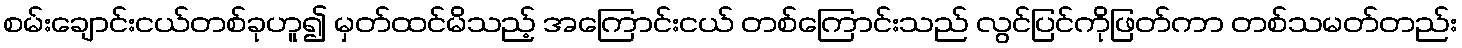
စမ်းချောင်းငယ်တစ်ခုဟူ၍ မှတ်ထင်မိသည့် အကြောင်းငယ် တစ်ကြောင်းသည် လွင်ပြင်ကိုဖြတ်ကာ တစ်သမတ်တည်း